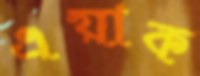
এয়াক